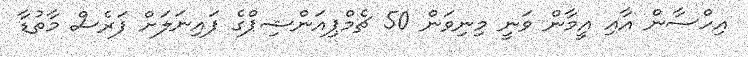
އިހްސާން އާއި އީމާން ވަނީ މިނިވަން 50 ޗެމްޕިއަންޝިޕްގެ ފައިނަލަށް ފަރެސް މާތުޑާ